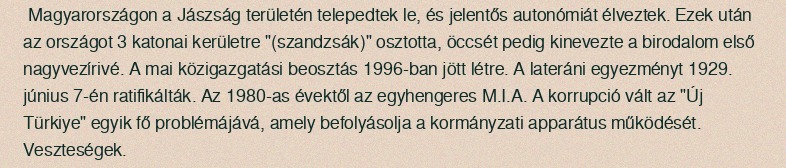
Magyarországon a Jászság területén telepedtek le, és jelentős autonómiát élveztek. Ezek után az országot 3 katonai kerületre "(szandzsák)" osztotta, öccsét pedig kinevezte a birodalom első nagyvezírivé. A mai közigazgatási beosztás 1996-ban jött létre. A lateráni egyezményt 1929. június 7-én ratifikálták. Az 1980-as évektől az egyhengeres M.I.A. A korrupció vált az "Új Türkiye" egyik fő problémájává, amely befolyásolja a kormányzati apparátus működését. Veszteségek.